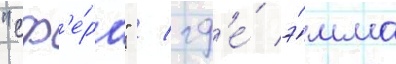
"сф'е́ра" / гд'е́ э́мма